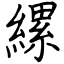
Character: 縲